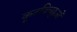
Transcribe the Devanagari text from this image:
कूटबिच्छुओं